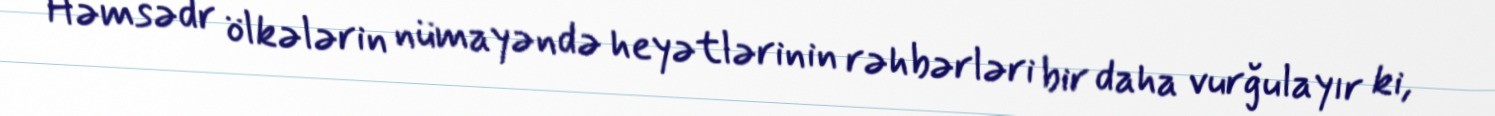
Həmsədr ölkələrin nümayəndə heyətlərinin rəhbərləri bir daha vurğulayır ki,